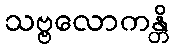
သဗ္ဗလောကန္တိ